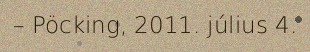
– Pöcking, 2011. július 4.